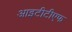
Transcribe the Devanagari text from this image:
आइटीटीएफ